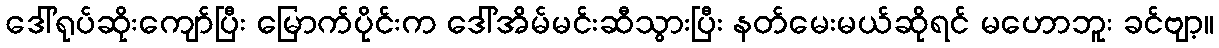
ဒေါ်ရုပ်ဆိုးကျော်ပြီး မြောက်ပိုင်းက ဒေါ်အိမ်မင်းဆီသွားပြီး နတ်မေးမယ်ဆိုရင် မဟောဘူး ခင်ဗျာ့။